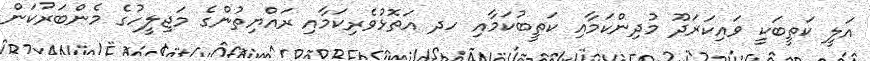
އަލީ ކަތީބަކީ ވައިކަރަދޫ މުދިންކަމާއި ކަތީބުކަމާއި ހދ އަތޮޅުވެރިކަމާއި ރައްޔިތުންގެ މަޖިލީހުގެ މެންބަރުކަން